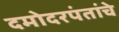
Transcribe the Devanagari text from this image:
दमोदरपंतांचे